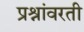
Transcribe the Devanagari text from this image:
प्रश्नांवरती